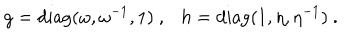
LaTeX: g = { \mathrm { d i a g } } ( \omega , \omega ^ { - 1 } , 1 ) ~ , h = { \mathrm { d i a g } } ( 1 , \eta , \eta ^ { - 1 } ) ~ .